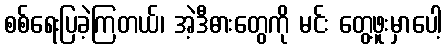
စစ်ရေးပြခဲ့ကြတယ်၊ အဲ့ဒီဓားတွေကို မင်း တွေ့ဖူးမှာပေါ့